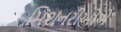
મિશનરીઓએ